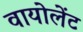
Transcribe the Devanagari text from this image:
वायोलेंट